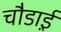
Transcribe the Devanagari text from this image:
चौडा़ई